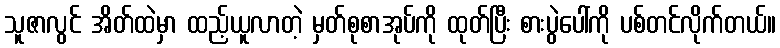
သူဇာလွင် အိတ်ထဲမှာ ထည့်ယူလာတဲ့ မှတ်စုစာအုပ်ကို ထုတ်ပြီး စားပွဲပေါ်ကို ပစ်တင်လိုက်တယ်။